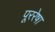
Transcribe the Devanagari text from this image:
पूररेषा